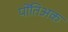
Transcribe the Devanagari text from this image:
पोंतिअक